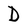
Character: D